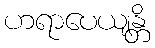
ဟရာပေယျန္တိ